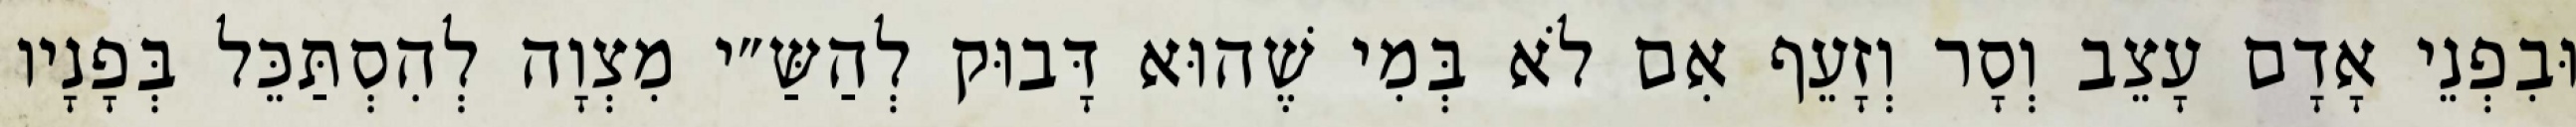
וּבִפְנֵי אָדָם עָצֵב וְסָר וְזָעֵף אִם לֹא בְּמִי שֶׁהוּא דָּבוּק לְהַשַּ״י מִצְוָה לְהִסְתַּכֵּל בְּפָנָיו